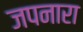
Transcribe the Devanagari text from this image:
जपनारा